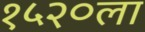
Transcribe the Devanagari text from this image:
१५२०ला